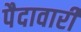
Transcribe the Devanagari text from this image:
पैदावारी